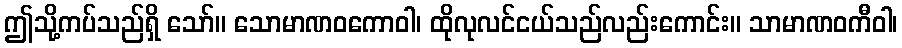
ဤသို့ကပ်သည်ရှိ သော်။ သောမာဏဝကောဝါ၊ ထိုလုလင်ငယ်သည်လည်းကောင်း။ သာမာဏဝကီဝါ၊